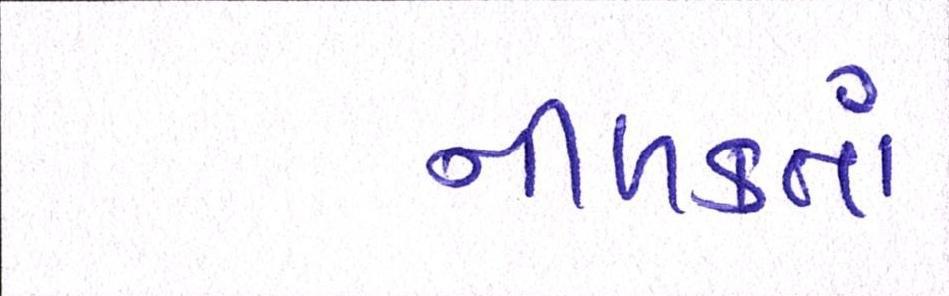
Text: નીળક્તાં